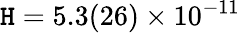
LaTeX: \mathtt{H}=5.3(26)\times10^{-11}